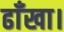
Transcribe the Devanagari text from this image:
ढाँखा।